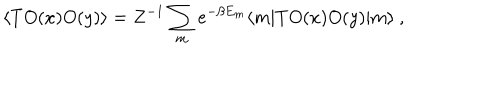
LaTeX: \langle T O ( x ) O ( y ) \rangle = Z ^ { - 1 } \sum _ { m } e ^ { - \beta E _ { m } } \langle m | T O ( x ) O ( y ) | m \rangle ~ ,